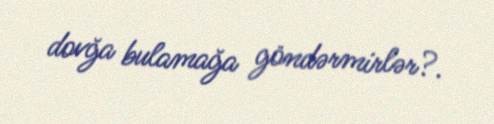
dovğa bulamağa göndərmirlər?.